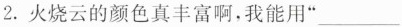
2.火烧云的颜色真丰富啊，我能用”___